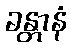
ခန္တာနံ